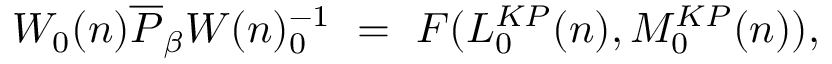
W _ { 0 } ( n ) \overline { { { P } } } _ { \beta } W ( n ) _ { 0 } ^ { - 1 } ~ = ~ F ( L _ { 0 } ^ { K P } ( n ) , M _ { 0 } ^ { K P } ( n ) ) ,